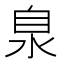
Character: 𣳻